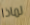
لماذا